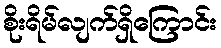
စိုးရိမ်လျက်ရှိကြောင်း